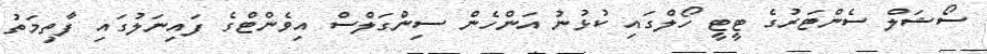
ސޯޝަލް ސެންޓަރުގެ ޓީޓީ ހޯލްގައި ކުޅުނު އަންހެން ސިންގަލްސް އިވެންޓްގެ ފައިނަލުގައި ފާތިމަތު